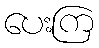
ပေးကြ